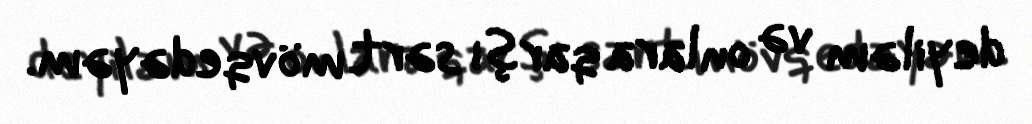
deyiləm və onlara qarşı sərt mövqedəyəm.